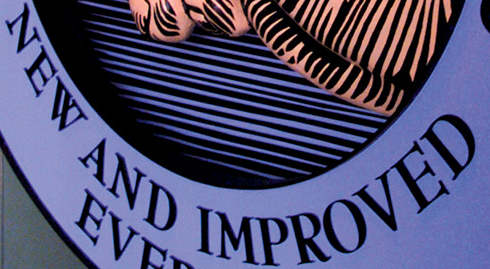
NEW AND IMPROVED